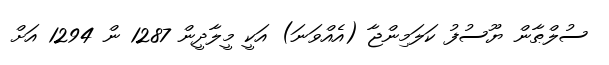
ސުލްޠާން ޔޫސުފު ކަލަމިންޖާ (އެއްވަނަ) އަކީ މީލާދީން 1287 ން 1294 އަށް